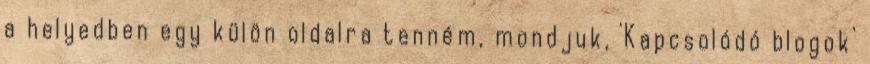
a helyedben egy külön oldalra tenném, mondjuk, 'Kapcsolódó blogok'